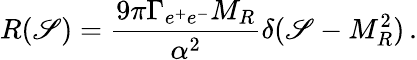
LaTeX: R(\mathscr{S})=\frac{{9\pi\Gamma_{e^{+}e^{-}}M_{R}}}{{\alpha^{2}}}\delta(\mathscr{S}-M_{R}^{2})\, .